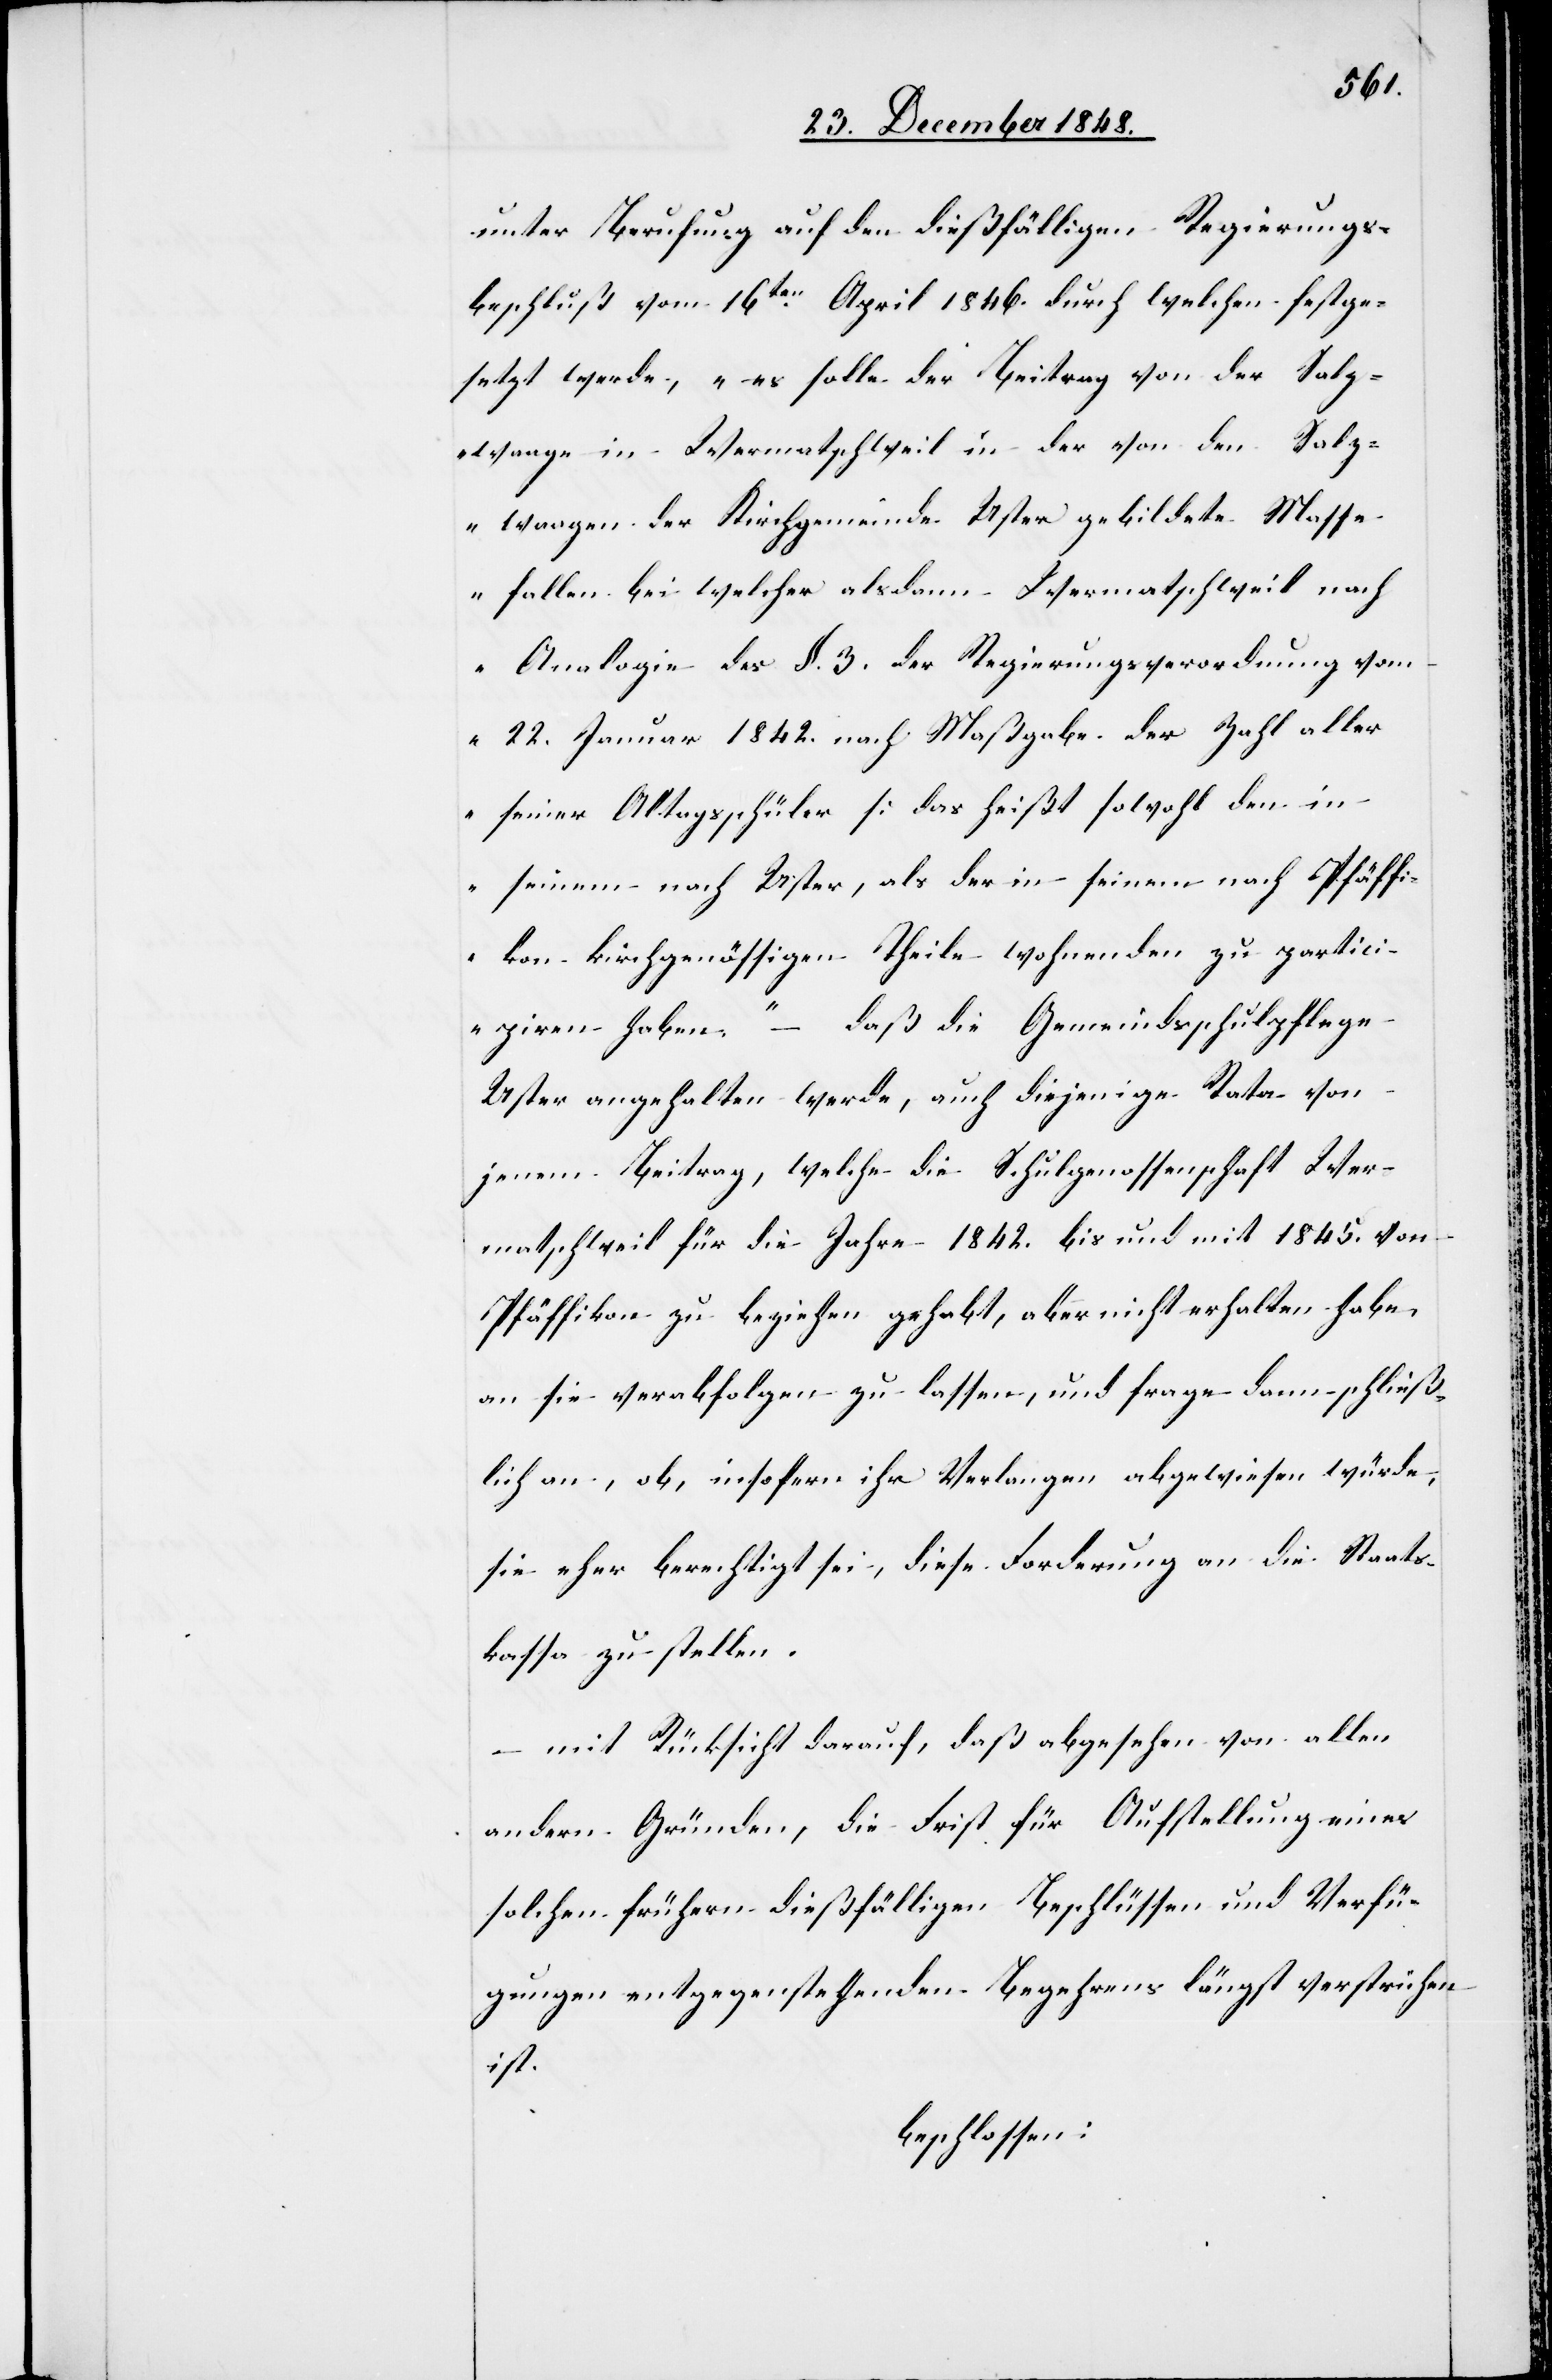
unter Berufung auf den dießfälligen Regierungs¬
beschluß vom 16ten April 1846. durch welchen festge¬
setzt werde, „es solle der Beitrag von der Salz¬
waage in Wermatschweil in der von den Salz¬
waagen der Kirchgemeinde Uster gebildete Masse
fallen bei welcher alsdann Wermatschweil nach
Analogie des §. 3. der Regierungsverordnung vom
22. Januar 1842. nach Maßgabe der Zahl aller
seiner Altagsschüler [das heißt sowohl den in
seinem nach Uster, als der in seinem nach Pfäffi¬
kon kirchgenössigen Theile wohnenden[]] zu partici¬
piren haben.“ – Daß die Gemeindsschulpflege
Uster angehalten werde, auch diejenige Rata von
jenem Beitrag, welche die Schulgenossenschaft Wer¬
matschweil die Jahre 1842. bis und mit 1845. von
Pfäffikon zu beziehen gehabt, aber nicht erhalten habe,
an sie verabfolgen zu lassen, und frage dann schließ¬
lich an, ob, insofern ihr Verlangen abgewiesen würde,
sie eher berechtigt sei, diese Forderung an die Staats¬
kassa zu stellen.
– mit Rücksicht darauf, daß abgesehen von allen
andern Gründen, die Frist für Aufstellung eines
solchen frühern dießfälligen Beschlüssen und Verfü¬
gungen entgegenstehenden Begehrens längst verstrichen
ist.
beschlossen: